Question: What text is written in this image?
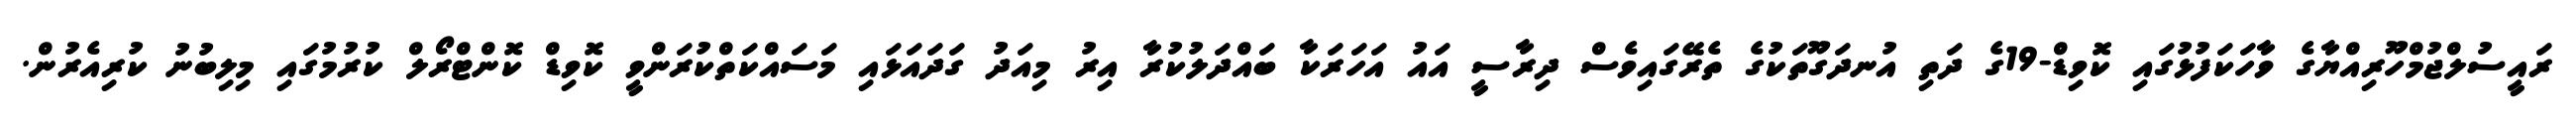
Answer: ރައީސުލްޖުމްހޫރިއްޔާގެ ވާހަކަފުޅުގައި ކޮވިޑް-19ގެ ދަތި އުނދަގޫތަކުގެ ތެރޭގައިވެސް ދިރާސީ އައު އަހަރަކާ ބައްދަލުކުރާ އިރު މިއަދު ގަދައަޅައި މަސައްކަތްކުރަންވީ ކޮވިޑް ކޮންޓްރޯލް ކުރުމުގައި މިލިބުނު ކުރިއެރުން.